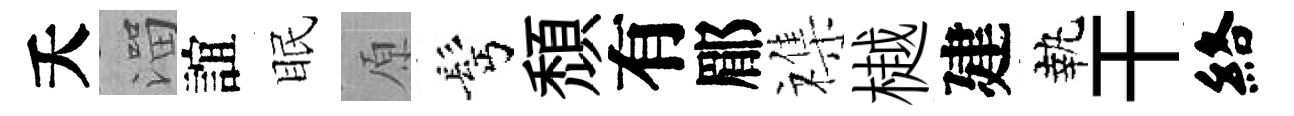
夭溜誼眠原髩頹有郿襍樾建執干絡